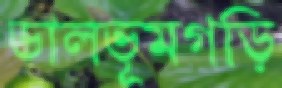
ডালভূমগড়ি